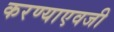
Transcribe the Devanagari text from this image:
करण्याएवजी